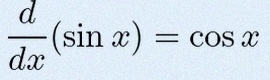
\frac{d}{dx}(\sin x)=\cos x